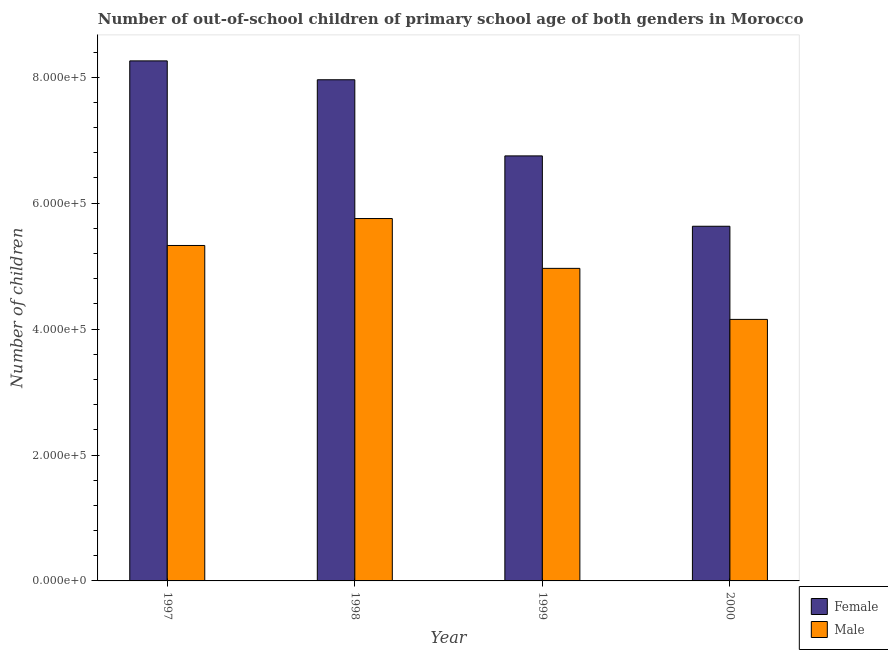
| Year | Female | Male |
 | --- | --- | --- |
 | 1997 | 8.26e+05 | 5.33e+05 |
 | 1998 | 7.96e+05 | 5.76e+05 |
 | 1999 | 6.75e+05 | 4.96e+05 |
 | 2000 | 5.63e+05 | 4.15e+05 |